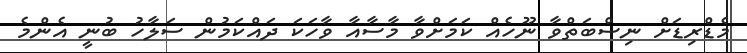
މެޑްރިޑަށް ނިސްބަތްވާ ނޫހެއް ކަމަށްވާ މާސާއާ ވާހަކަ ދައްކަމުން ސަލާހު ބުނީ އެންމެ